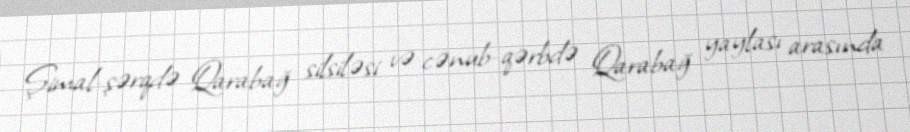
Şimal-şərqdə Qarabağ silsiləsi və cənub-qərbdə Qarabağ yaylası arasında